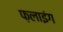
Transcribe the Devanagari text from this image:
फ़लाइंग